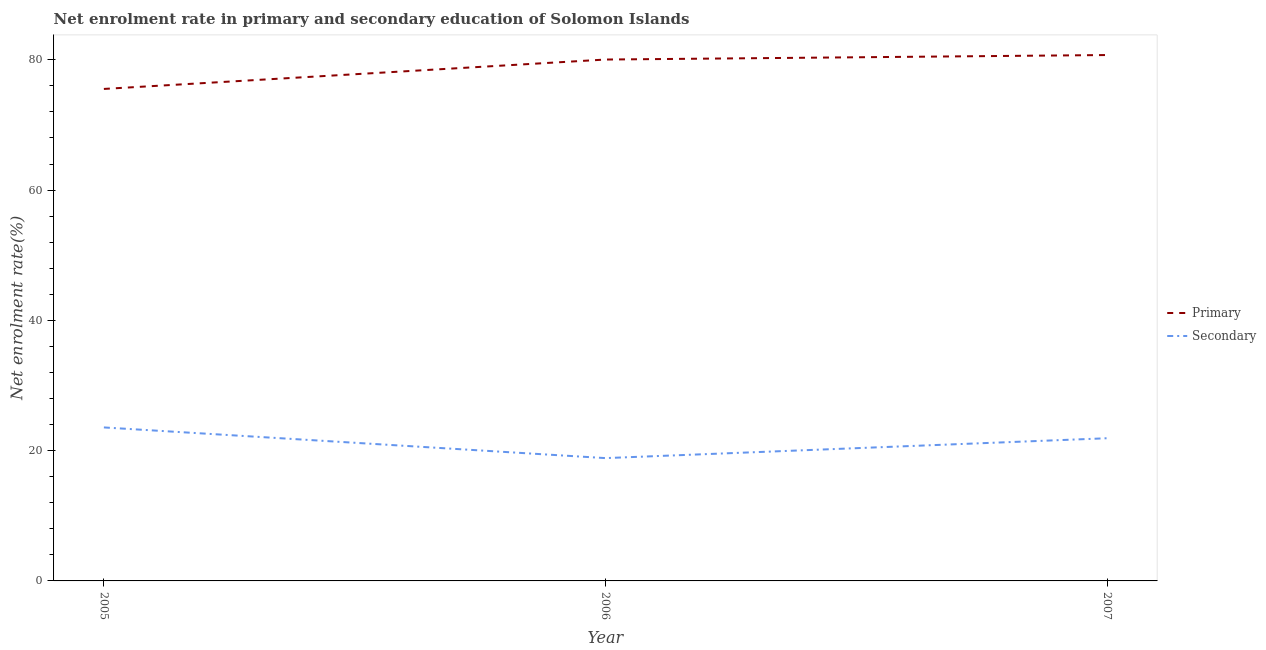
| Year | Primary | Secondary |
 | --- | --- | --- |
 | 2005 | 75.5 | 23.6 |
 | 2006 | 80 | 18.9 |
 | 2007 | 80.7 | 21.9 |